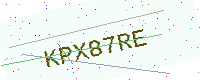
Text: KPX87RE